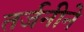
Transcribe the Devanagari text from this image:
तर्जनीने